Vaccination report Assam 1874-1896 - 1874-1896
Year: 1874
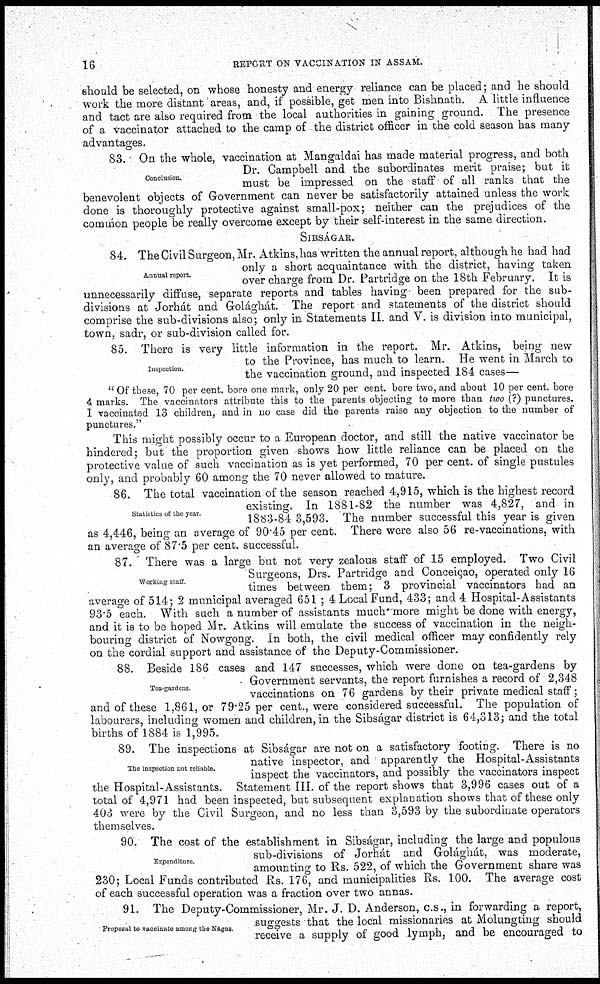
16
REPORT ON VACCINATION IN ASSAM.
should be selected, on whose honesty and energy reliance can be placed; and he should
work the more distant areas, and, if possible, get men into Bishnath. A little influence
and tact are also required from the local authorities in gaining ground. The presence
of a vaccinator attached to the camp of the district officer in the cold season has many
advantages.
Conclusion.
83. On the whole, vaccination at Mangaldai has made material progress, and both
Dr. Campbell and the subordinates merit praise; but it
must be impressed on the staff of all ranks that the
benevolent objects of Government can never be satisfactorily attained unless the work
done is thoroughly protective against small-pox; neither can the prejudices of the
common people be really overcome except by their self-interest in the same direction.
SIBSÁGAR.
Annual report.
84. The Civil Surgeon, Mr. Atkins, has written the annual report, although he had had
only a short acquaintance with the district, having taken
over charge from Dr. Partridge on the 18th February. It is
unnecessarily diffuse, separate reports and tables having been prepared for the sub-
divisions at Jorhát and Golághát. The report and statements of the district should
comprise the sub-divisions also; only in Statements II. and V. is division into municipal,
town, sadr, or sub-division called for.
Inspection.
85. There is very little information in the report. Mr. Atkins, being new
to the Province, has much to learn. He went in March to
the vaccination ground, and inspected 184 cases—
" Of these, 70 per cent. bore one mark, only 20 per cent. bore two, and about 10 per cent. bore
4 marks. The vaccinators attribute this to the parents objecting to more than two (?) punctures.
I vaccinated 13 children, and in no case did the parents raise any objection to the number of
punctures."
This might possibly occur to a European doctor, and still the native vaccinator be
hindered; but the proportion given shows how little reliance can be placed on the
protective value of such vaccination as is yet performed, 70 per cent. of single pustules
only, and probably 60 among the 70 never allowed to mature.
Statistics of the year
86. The total vaccination of the season reached 4,915, which is the highest record
existing. In 1881-82 the number was 4,827, and in
1883-84 3,593. The number successful this year is given
as 4,446, being an average of 90.45 per cent. There were also 56 re-vaccinations, with
an average of 87.5 per cent. successful.
Working staff
87. There was a large but not very zealous staff of 15 employed. Two Civil
Surgeons, Drs. Partridge and Conceicao, operated only 16
times between them; 3 provincial vaccinators had an
average of 514; 2 municipal averaged 651 ; 4 Local Fund, 433; and 4 Hospital-Assistants
93.5 each. With such a number of assistants much more might be done with energy,
and it is to be hoped Mr. Atkins will emulate the success of vaccination in the neigh-
bouring district of Nowgong. In both, the civil medical officer may confidently rely
on the cordial support and assistance of the Deputy-Commissioner.
Tea-gardens.
88. Beside 186 cases and 147 successes, which were done on tea-gardens by
Government servants, the report furnishes a record of 2,348
vaccinations on 76 gardens by their private medical staff;
and of these 1,861, or 79.25 per cent., were considered successful. The population of
labourers, including women and children, in the Sibságar district is 64,313; and the total
births of 1884 is 1,995.
The inspection not reliable.
89. The inspections at Sibságar are not on a satisfactory footing. There is no
native inspector, and apparently the Hospital-Assistants
inspect the vaccinators, and possibly the vaccinators inspect
the Hospital-Assistants. Statement III. of the report shows that 3,996 cases out of a
total of 4,971 had been inspected, but subsequent explanation shows that of these only
403 were by the Civil Surgeon, and no less than 3,593 by the subordinate operators
themselves.
Expenditure.
90. The cost of the establishment in Sibságar, including the large and populous
sub-divisions of Jorhát and Golághát, was moderate,
amounting to Rs. 522, of which the Government share was
230; Local Funds contributed Rs. 176, and municipalities Rs. 100. The average cost
of each successful operation was a fraction over two annas.
Proposal to vaccinate among the Nágas.
91. The Deputy-Commissioner, Mr. J. D. Anderson, c.s., in forwarding a report,
suggests that the local missionaries at Molungting should
receive a supply of good lymph, and be encouraged to